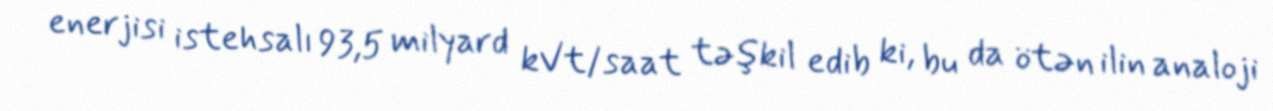
enerjisi istehsalı 93,5 milyard kVt/saat təşkil edib ki, bu da ötən ilin analoji